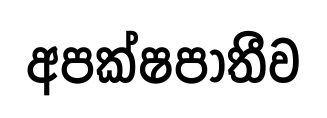
අපක්ෂපාතීව